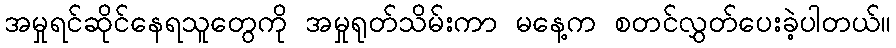
အမှုရင်ဆိုင်နေရသူတွေကို အမှုရုတ်သိမ်းကာ မနေ့က စတင်လွှတ်ပေးခဲ့ပါတယ်။